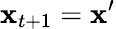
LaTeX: \mathbf{x}_{t+1}=\mathbf{x}^{\prime}